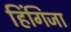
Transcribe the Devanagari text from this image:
हिंगिजा